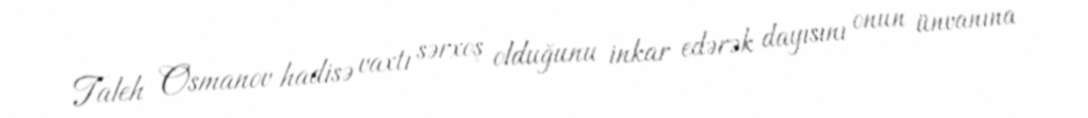
Taleh Osmanov hadisə vaxtı sərxoş olduğunu inkar edərək dayısını onun ünvanına